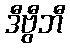
ဒီဗွီဘီ